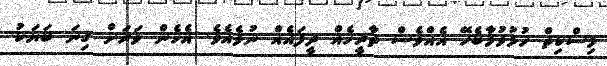
މިސްކިތް ހުޅުވުމާބެހޭ އެއްވެސް ތާރީހެއް ދީފައެއް ނުވެއެވެ. އެހެން ވަރަށް ގިނަ ބަޔަކު